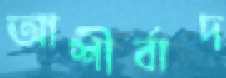
আশীর্বাদ